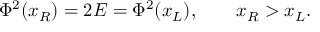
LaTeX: \Phi ^ { 2 } ( x _ { R } ) = 2 E = \Phi ^ { 2 } ( x _ { L } ) , \qquad x _ { R } > x _ { L } .